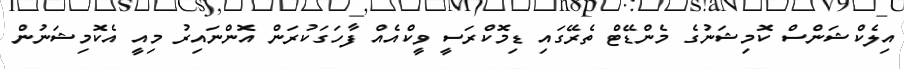
އިލެކްޝަންސް ކޮމިޝަނުގެ މެންޑޭޓް ތެރޭގައި ޑިމޮކްރަސީ ވީކްއެއް ފާހަގަކުރަން އޮންނައިރު މިއީ އެކޮމިޝަނުން